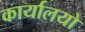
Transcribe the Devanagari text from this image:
कार्यालयो